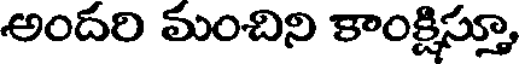
అందరి మంచిని కాంక్షిస్తూ,